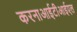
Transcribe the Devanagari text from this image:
करनाआईटीआईएल